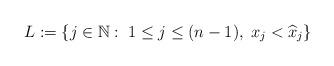
LaTeX: \begin{align*}L:=\{j\in \mathbb N:\; 1\leq j\leq (n-1),\; x_j<\widehat x_j\}\end{align*}